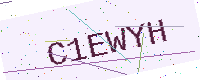
Text: C1EWYH